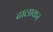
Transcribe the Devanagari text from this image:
ढालाकर